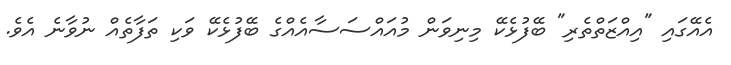
އެއޭގައި "އިއްޒަތްތެރި" ބޭފުޅެކޭ މިނިވަން މުއައްސަސާއެއްގެ ބޭފުޅެކޭ ވަކި ތަފާތެއް ނުވާނެ އެވެ.